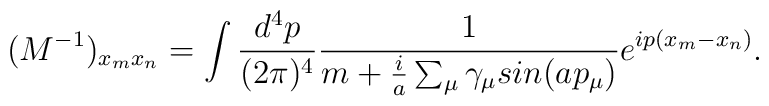
(M^{-1})_{x_mx_n}=\int\frac{d^4p}{(2{\pi})^4}\frac{1}{m+\frac{i}{a}\sum_{\mu}{\gamma}_{\mu}sin(ap_{\mu})}e^{ip(x_m-x_n)}.